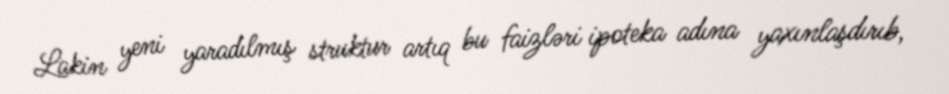
Lakin yeni yaradılmış struktur artıq bu faizləri ipoteka adına yaxınlaşdırıb,